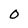
Character: 0